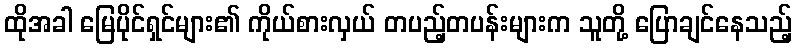
ထိုအခါ မြေပိုင်ရှင်များ၏ ကိုယ်စားလှယ် တပည့်တပန်းများက သူတို့ ပြောချင်နေသည့်